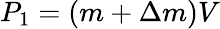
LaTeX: P_{1}=\left({m+\Delta m}\right)V